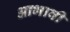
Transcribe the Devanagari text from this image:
आभावी